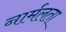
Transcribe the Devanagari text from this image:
नार्मलता